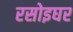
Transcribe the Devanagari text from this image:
रसोइघर